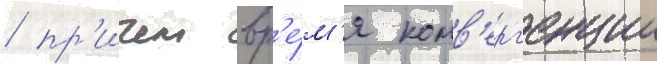
/ пр'ичем вр'е́м'я конв'ерг'енции